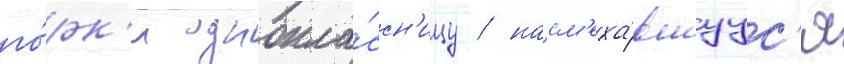
го́рк'и однокла́ссн'ицу / насм'еха́вшуус'я